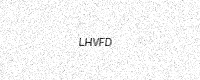
Text: LHVFD